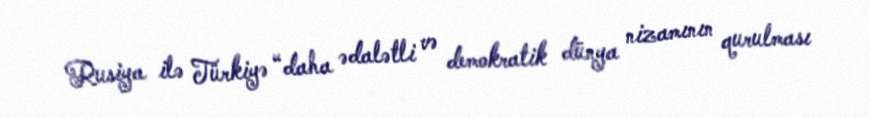
Rusiya ilə Türkiyə “daha ədalətli və demokratik dünya nizamının qurulması